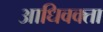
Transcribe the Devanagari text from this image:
आधिवक्ता